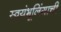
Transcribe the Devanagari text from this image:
स्वयंभूलिंगाची